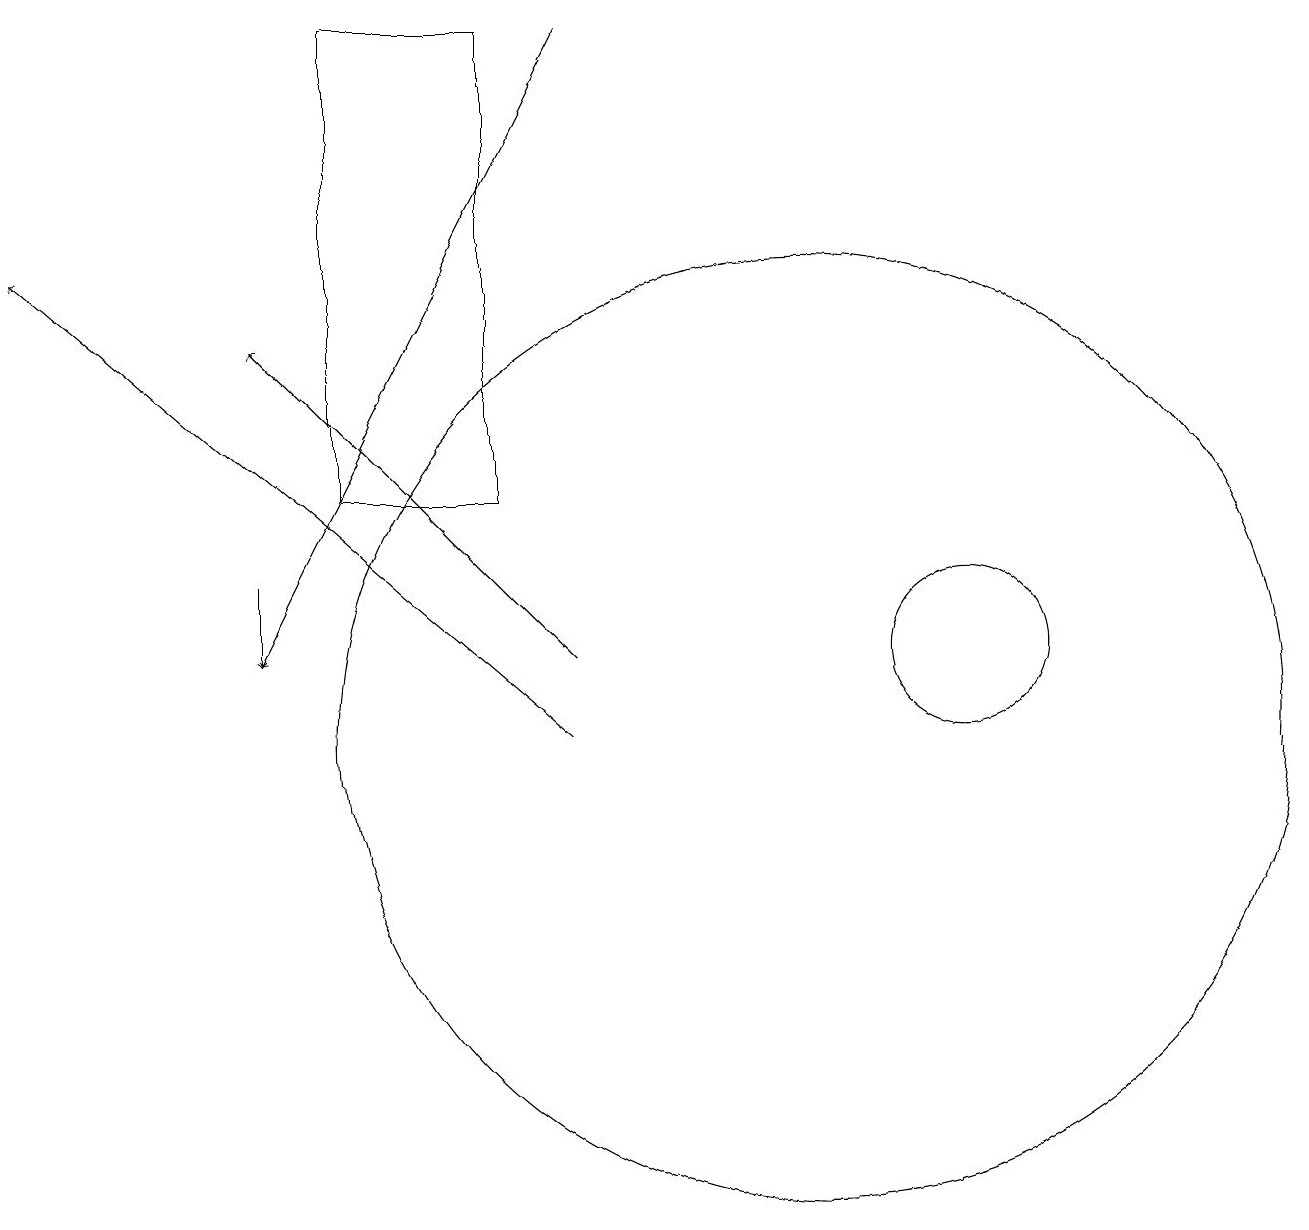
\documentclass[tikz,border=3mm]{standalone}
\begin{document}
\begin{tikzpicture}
\draw[->] (3,12) -- (3,11);
\draw (12,11) circle (1);
\draw[->] (7,10) -- (0,16);
\draw (11,10) circle (0);
\draw[->] (7,19) -- (3,11);
\draw (10,10) circle (6);
\draw (6,13) rectangle (4,19);
\draw[->] (7,11) -- (3,15);
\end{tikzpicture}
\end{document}